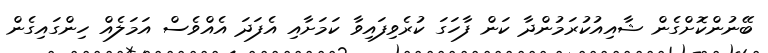
ބޭނުންކޮށްގެން ޝާއިއުކުރަމުންދާ ކަން ފާހަަގަ ކުރެވިފައިވާ ކަމަށާއި އެފަދަ އެއްވެސް އަމަލެއް ހިންގައިގެން